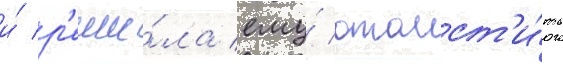
и́ р'еши́ла ему́ отомст'и́ть